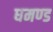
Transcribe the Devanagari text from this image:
घमण्‍ड